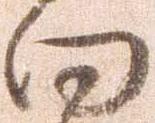
向